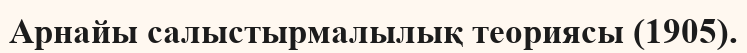
Арнайы салыстырмалылық теориясы (1905).